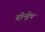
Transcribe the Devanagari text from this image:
दोन्ड्रेप